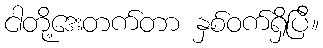
ငါတို့ဒေးတက်တာ နှစ်ဝက်ရှိပြီ။